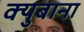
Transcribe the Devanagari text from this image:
क्युबाना